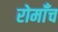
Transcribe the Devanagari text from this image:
रोमाँच